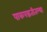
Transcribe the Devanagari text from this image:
पाकपद्धतीतल्या